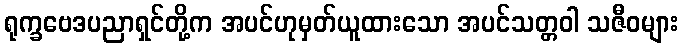
ရုက္ခဗေဒပညာရှင်တို့က အပင်ဟုမှတ်ယူထားသော အပင်သတ္တဝါ သဇီဝများ